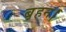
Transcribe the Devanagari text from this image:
ब़हन।